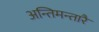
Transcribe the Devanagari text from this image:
अन्तिमन्तारै